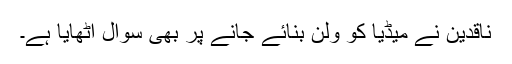
ناقدین نے میڈیا کو ولن بنائے جانے پر بھی سوال اٹھایا ہے۔